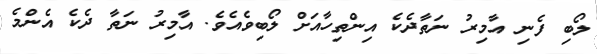
ލޯބި ފެނި އާމިރު ނަތާދެކެ އިންތިހާއަށް ލޯބިވެއެވެ. އާމިރު ނަތާ ދެކެ އެންމެ